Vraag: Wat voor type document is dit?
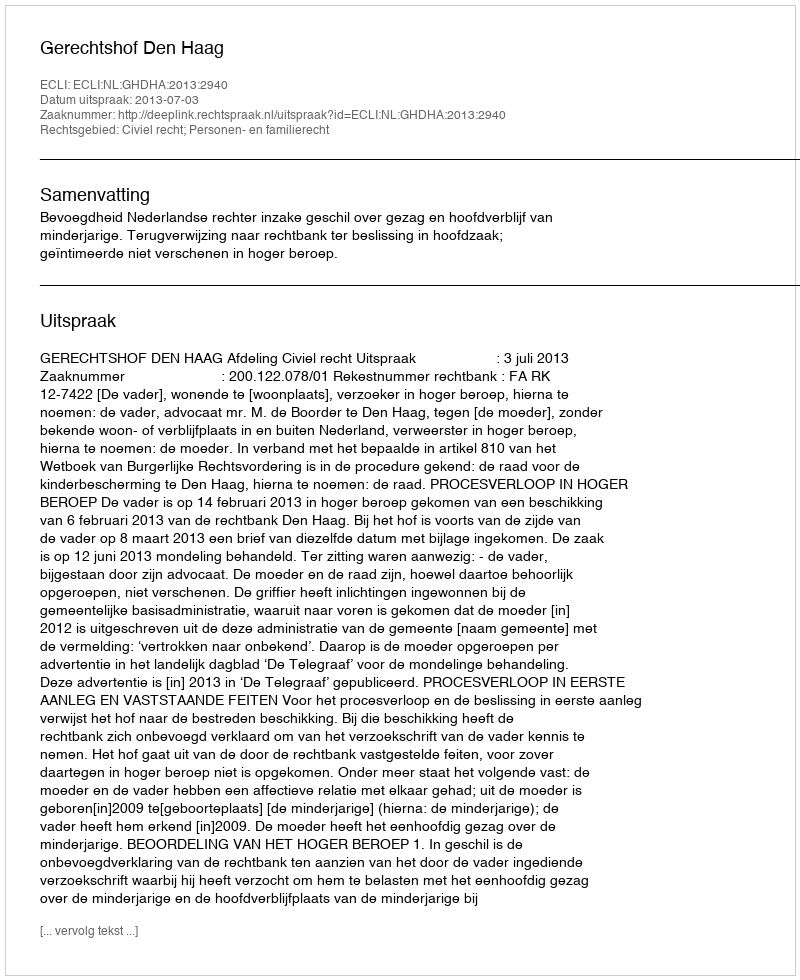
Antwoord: Uitspraak